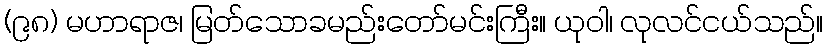
(၉၈) မဟာရာဇ၊ မြတ်သောခမည်းတော်မင်းကြီး။ ယုဝါ၊ လုလင်ငယ်သည်။